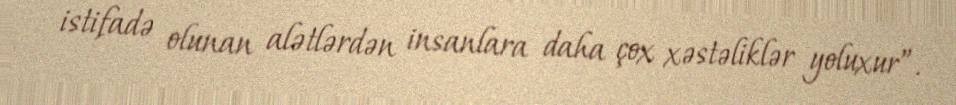
istifadə olunan alətlərdən insanlara daha çox xəstəliklər yoluxur”.